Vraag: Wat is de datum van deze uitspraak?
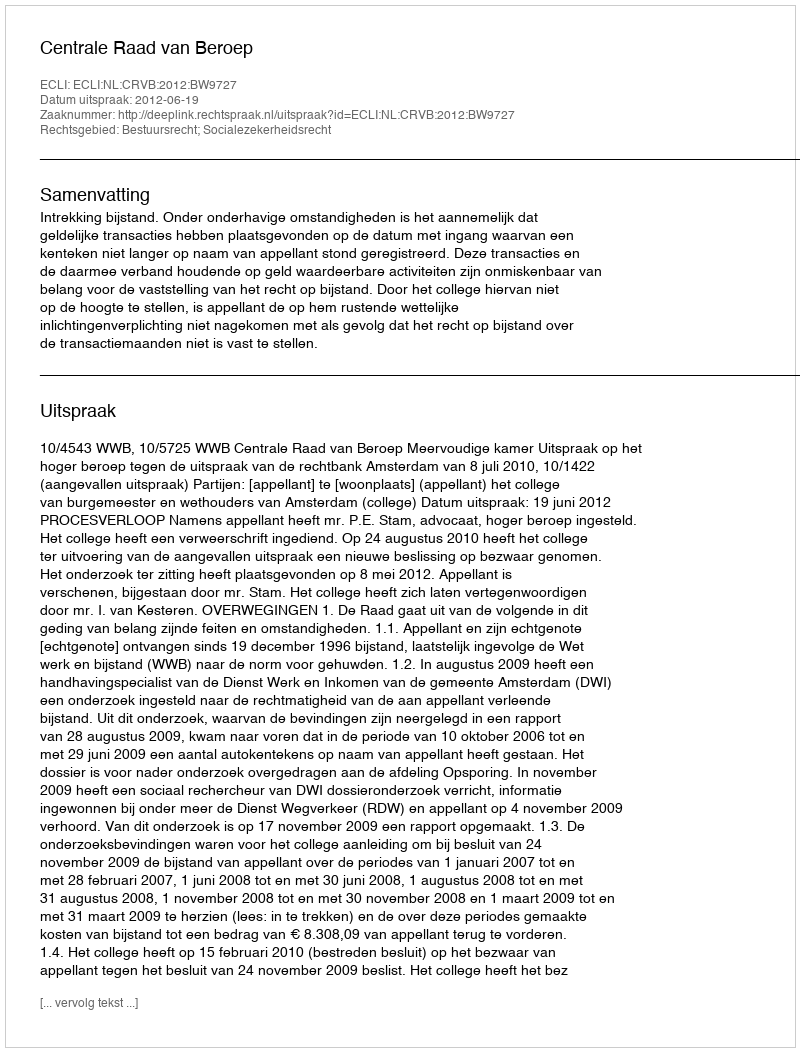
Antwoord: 2012-06-19